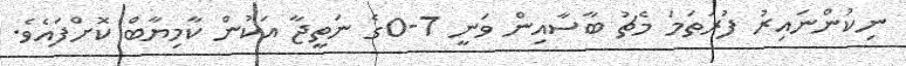
ނިކުންނައިރު ފުރަތަމަ މެޗު ބާސާއިން ވަނީ 7-0ގެ ނަތީޖާ އަކުން ކާމިޔާބް ކޮށްފައެެވެ.